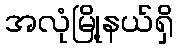
အလုံမြို့နယ်ရှိ